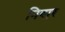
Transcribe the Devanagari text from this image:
निबार